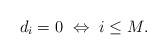
LaTeX: \begin{align*}d_i = 0 \ \Leftrightarrow \ i \leq M.\end{align*}